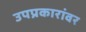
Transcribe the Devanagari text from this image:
उपप्रकारांवर